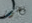
يصور